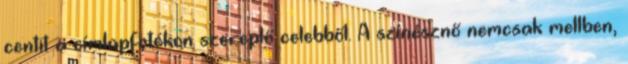
centit a címlapfotókon szereplő celebből. A színésznő nemcsak mellben,